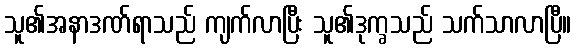
သူ၏အနာဒဏ်ရာသည် ကျက်လာပြီး သူ၏ဒုက္ခသည် သက်သာလာပြီ။